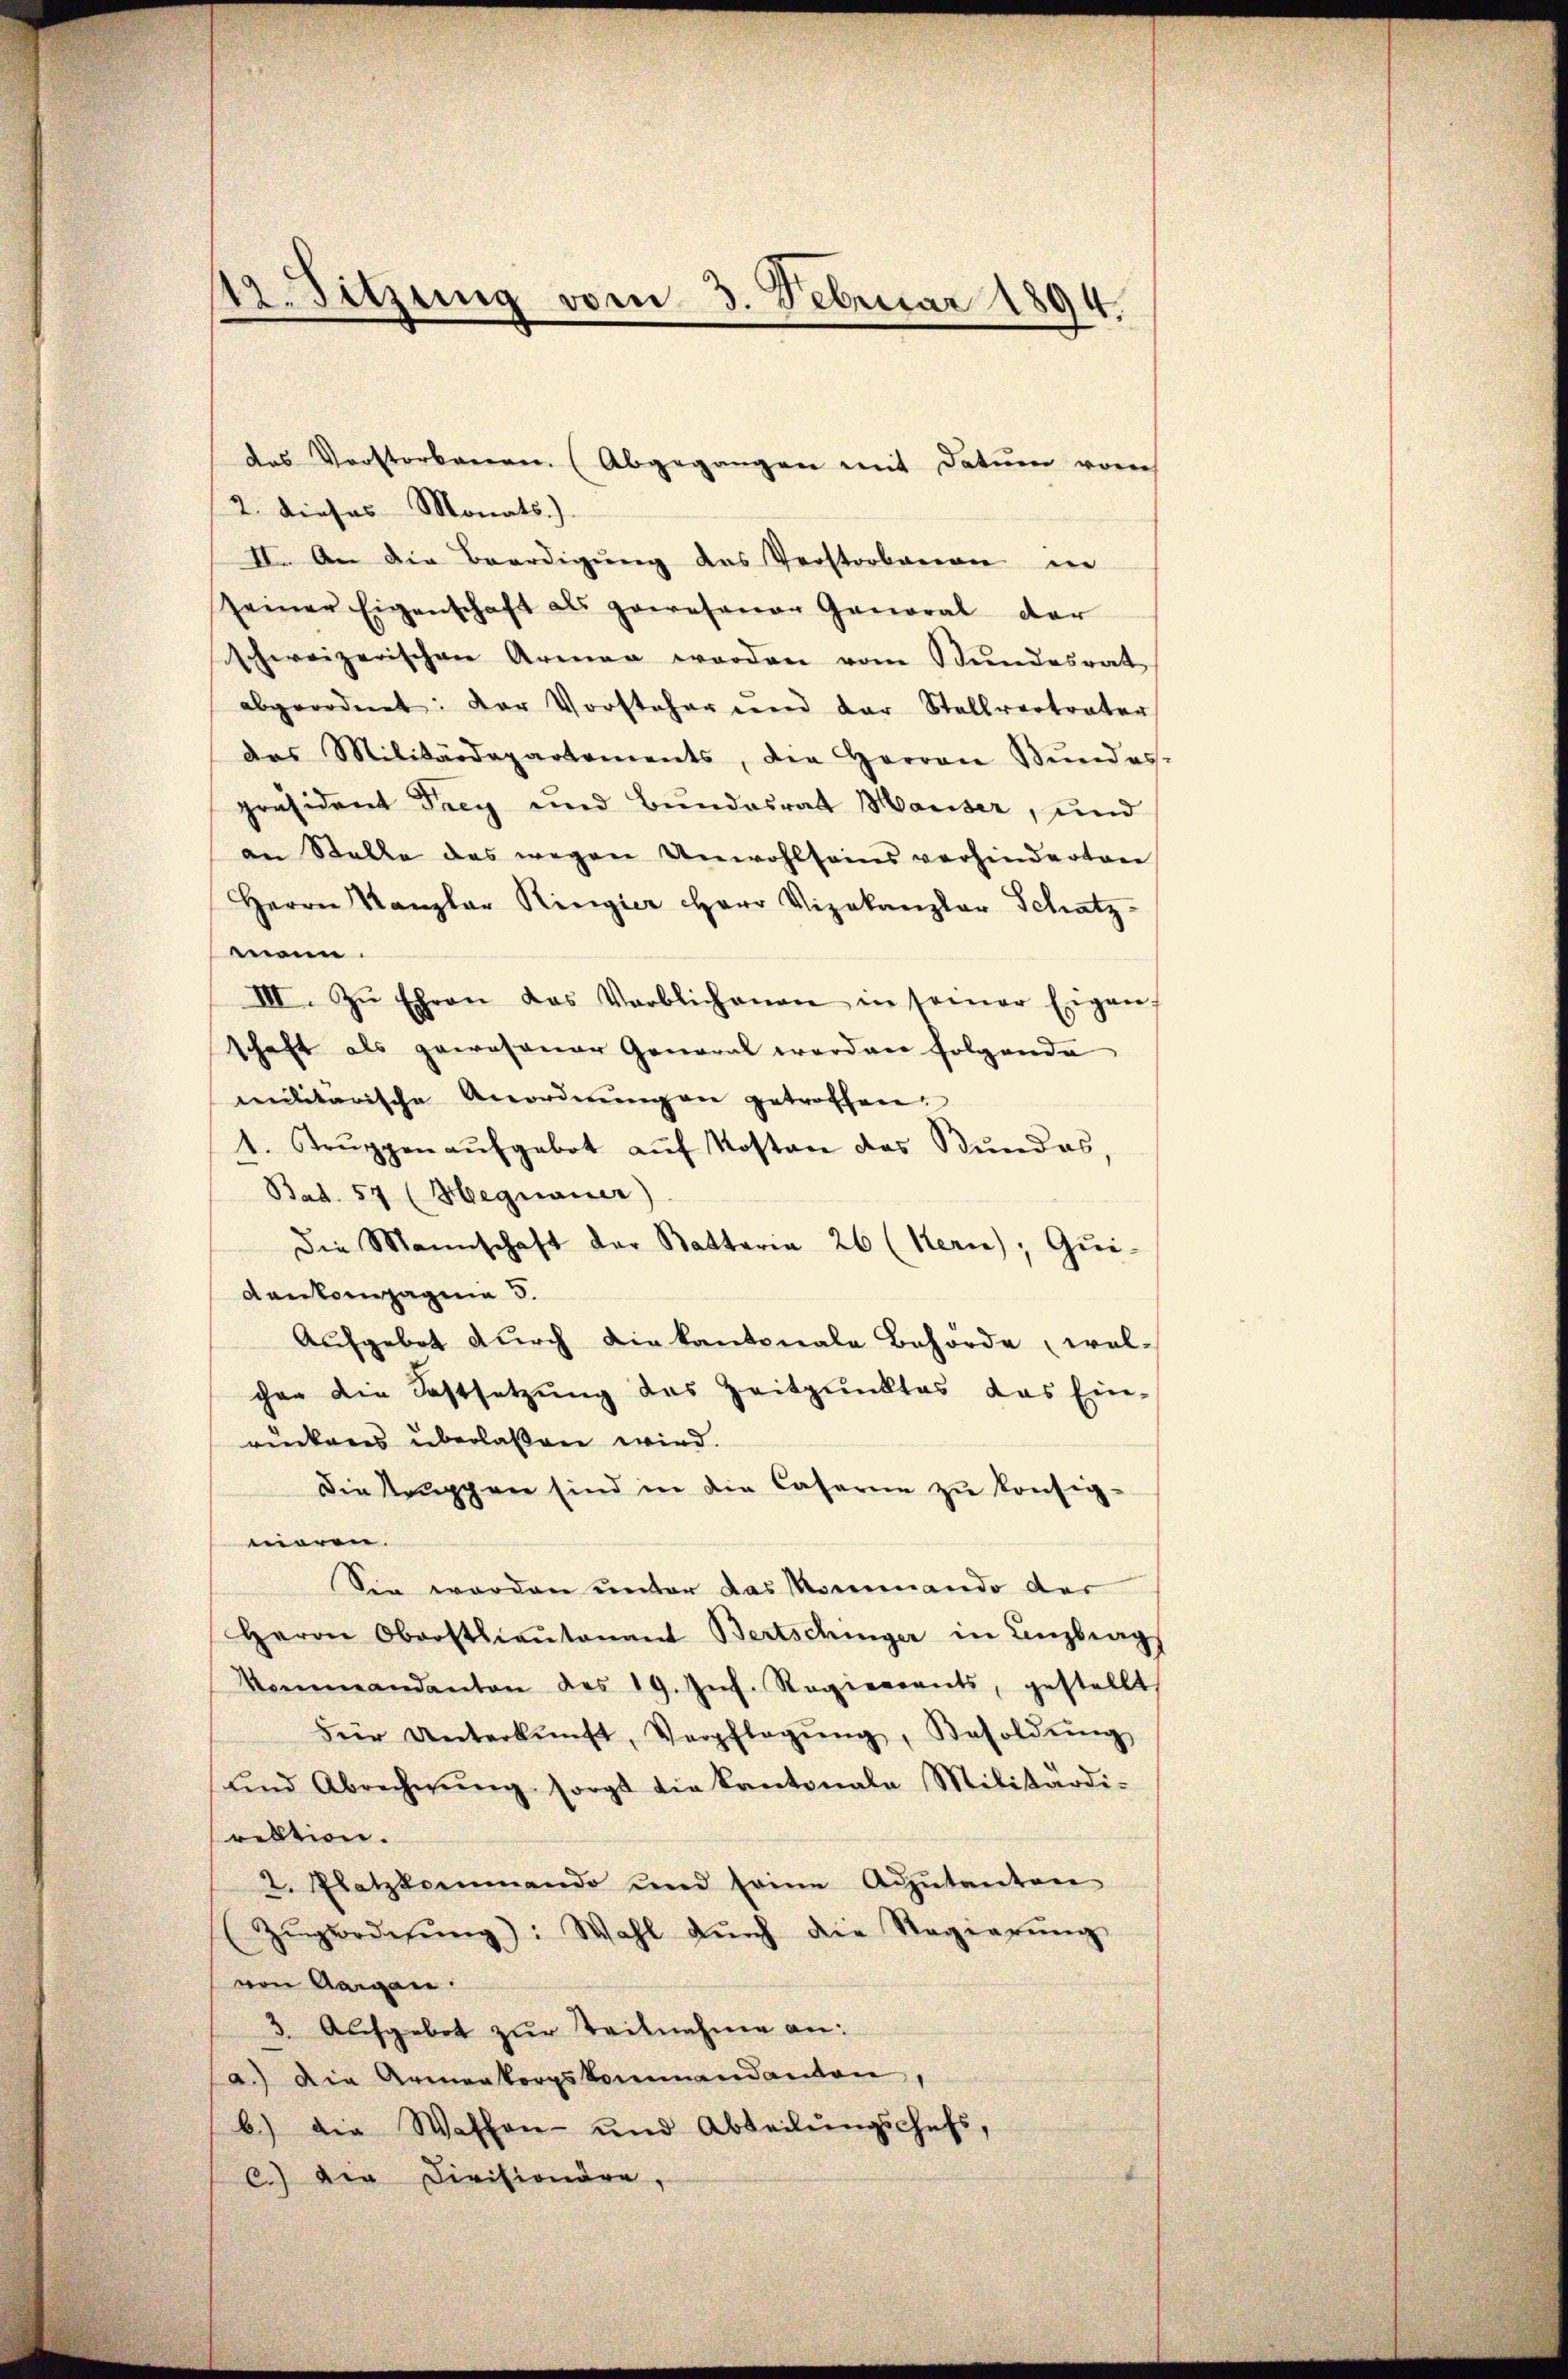
2. dieses Monats.)
II. An die Beerdigung das Verstorbenen in
seiner Eigenschaft als gewesenen Ganoral der
schweizerischen Armen worden vom Stŭndesrat
abgeordnet: Der Vorsteher und der Stellvertrater
das Militärdepartements, die Herren Stŭndes.
präsident Frey und Bundesrat Mauser, und
an Stelle des wegen Unwohlseins verhinderten
Herrn Kanzler Ringier Herr Vizekanzlar Schatz-
mann.
III. Zŭ Ehren das Verblichenen in seiner Eigen.
schaft als gewesener General werden folgende
militärische Anordnŭngen getroffen.
1. Trŭppenaŭfgebot aŭf Kosten des Bŭndes,
Bad. 57 (Hegnauer)
Die Mannschaft der Battaria 26 (Kerne), Qui
Rankompagna 3.
Aufgebot durch die kantonale Behörde, wel-
chen die Festsetzung des Zeitpunktes das Ein-
ruckens überlassen wird.
Die Kruppen sind in die Caserne zŭ konfig-
moren.
Sie worden unter das Mommando der
Herrn Oberstlieutenant Bertschinger in Antrag
Kommandanton des 19. Jnf. Regierents, gestellt
Für Unterkŭnft, Verpflegŭng, Besoldŭng
ŭnd Abrechnŭng sorgt die Kantonale Militärdi-
rektion.
2. Platzkommando und seine Adjutanten
Zŭgorderŭng): Wahl aŭch die Regierŭng
von Aargau
3. Aufgebot zur Teilnahme an:
a.) Die Armenkorpskommandanten,
b.) die Wassen- und Abteilŭngschefs,
c.) Die Divisionäre,

12. Sitzung vom 3. Februar 1894.

das Verstorbenen. (Abgegangen mit Datum vor